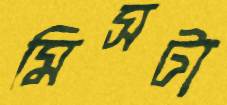
মিসটা